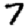
Digit: 7